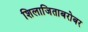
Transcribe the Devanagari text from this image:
शिलाजिताबरोबर